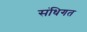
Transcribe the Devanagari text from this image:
संधिगत